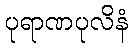
ပုရာဏပုလိနံ